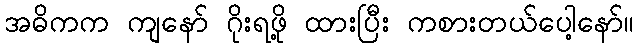
အဓိကက ကျနော် ဂိုးရဖို့ ထားပြီး ကစားတယ်ပေါ့နော်။